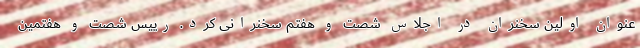
عنوان اولین سخنران در اجلاس شصت و هفتم سخنرانی کرد. رییس شصت و هفتمین